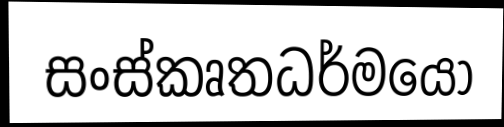
සංස්කෘතධර්මයෝ